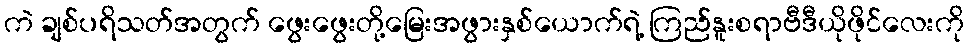
ကဲ ချစ်ပရိသတ်အတွက် ဖွေးဖွေးတို့မြေးအဖွားနှစ်ယောက်ရဲ့ ကြည်နူးစရာဗီဒီယိုဖိုင်လေးကို